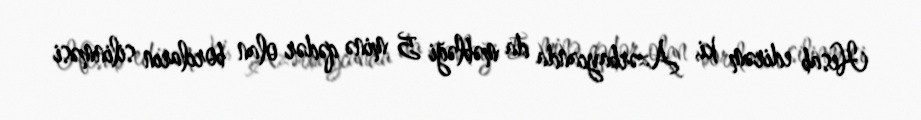
Hesab edirəm ki, Azərbaycanda da məbləği 5 minə qədər olan borcların silinməsi